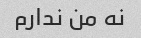
نه من ندارم